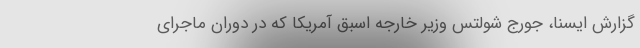
گزارش ایسنا، جورج شولتس وزیر خارجه اسبق آمریکا که در دوران ماجرای